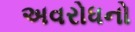
અવરોધનો